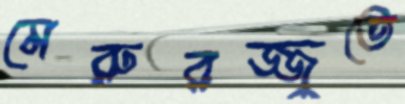
মেরুরজ্জুতে